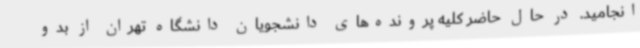
انجامید. در حال حاضر کلیه پرونده‌های دانشجویان دانشگاه تهران از بدو